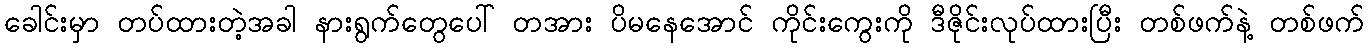
ခေါင်းမှာ တပ်ထားတဲ့အခါ နားရွက်တွေပေါ် တအား ပိမနေအောင် ကိုင်းကွေးကို ဒီဇိုင်းလုပ်ထားပြီး တစ်ဖက်နဲ့ တစ်ဖက်